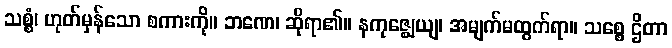
သစ္စံ၊ ဟုတ်မှန်သော စကားကို။ ဘဏေ၊ ဆိုရာ၏။ နကုဇ္ဈေယျ၊ အမျက်မထွက်ရာ။ သစ္စေ ဌိတာ